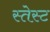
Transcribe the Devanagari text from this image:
स्तेस्ट